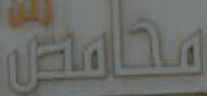
محامص